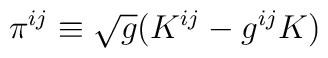
\pi^{ij}\equiv \sqrt{g}(K^{ij} - g^{ij} K)